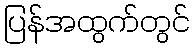
ပြန်အထွက်တွင်